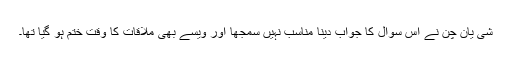
شی یان چن نے اس سوال کا جواب دینا مناسب نہیں سمجھا اور ویسے بھی ملاقات کا وقت ختم ہو گیا تھا۔